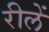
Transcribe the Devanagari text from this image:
रीलें